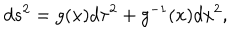
d s ^ { 2 } = g ( x ) d \tau ^ { 2 } + g ^ { - 1 } ( x ) d x ^ { 2 } ,